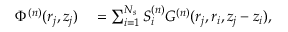
\begin{array} { r l } { \Phi ^ { ( n ) } ( r _ { j } , z _ { j } ) } & { { } = \sum _ { i = 1 } ^ { N _ { s } } S _ { i } ^ { ( n ) } G ^ { ( n ) } ( r _ { j } , r _ { i } , z _ { j } - z _ { i } ) , } \end{array}